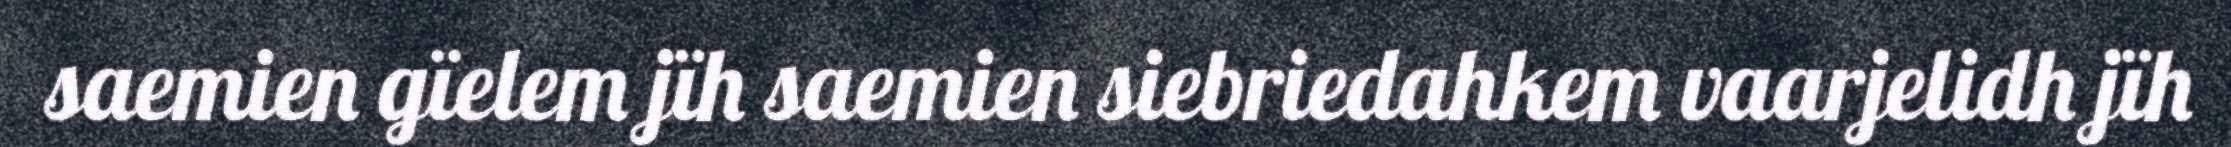
saemien gïelem jïh saemien siebriedahkem vaarjelidh jïh